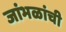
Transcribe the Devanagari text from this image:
जांभळांची